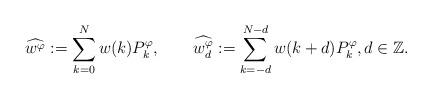
LaTeX: \begin{align*} \widehat{w^{\varphi}}:=\sum_{k=0}^{N}w(k)P_{k}^{\varphi},\qquad\widehat{w_{d}^{\varphi}}:=\sum_{k=-d}^{N-d}w(k+d)P_{k}^{\varphi}, d\in\mathbb Z. \end{align*}